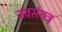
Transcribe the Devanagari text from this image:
जवसंयत्र